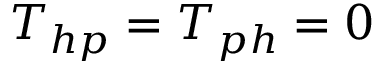
T _ { h p } = T _ { p h } = 0